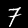
Label: 7